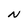
Character: N